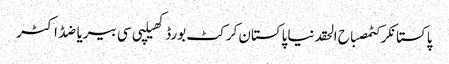
پاکستانکرکٹمصباح الحقدنیاپاکستان کرکٹ بورڈکھیلپی سی بیریاضڈاکٹر